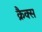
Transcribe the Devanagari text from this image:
क्रैक्स